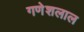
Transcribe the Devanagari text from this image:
गणेशलाल